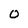
Character: O